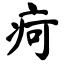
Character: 疴